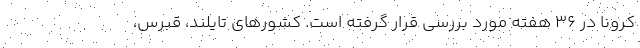
کرونا در 36 هفته مورد بررسی قرار گرفته است. کشورهای تایلند، قبرس،